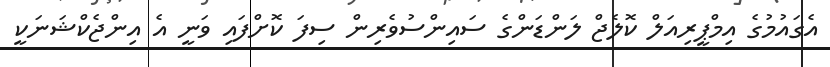
އެގައުމުގެ އިމްޕީރިއަލް ކޮލެޖް ލަންޑަންގެ ސައިންސުވެރިން ސިފަ ކޮށްފައި ވަނީ އެ އިންޖެކްޝަނަކީ